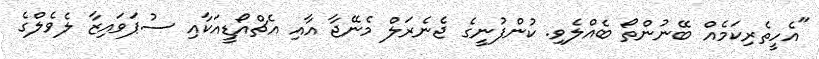
"އެހީތެރިކަމެއް ބޭނުންތޯ ބެއްލެވި. ކުންފުނީގެ ޖެނެރަލް މެނޭޖާ އާއި އެޗްއޯޑީއަކާއި ސުޕަވައިޒާ ލެވެލްގެ